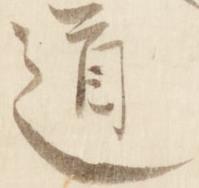
道